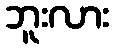
ဘူးလား